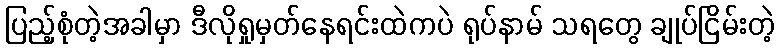
ပြည့်စုံတဲ့အခါမှာ ဒီလိုရှုမှတ်နေရင်းထဲကပဲ ရုပ်နာမ် သရတွေ ချုပ်ငြိမ်းတဲ့